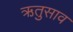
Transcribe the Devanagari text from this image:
ऋतुसाव